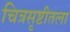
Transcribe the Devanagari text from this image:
चित्रसृष्टीतला